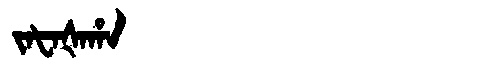
Manchu: ᠵᠠᡶᠠᡧᠠᡥᠠ
Romanization: JAFAŠAHA